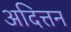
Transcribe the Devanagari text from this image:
अदित्तन